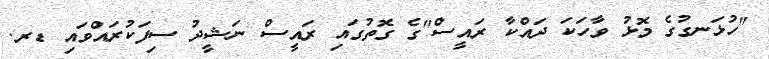
"ހުޅަނގުގެ މޮޅު ވާހަކަ ދައްކާ ރައީސް"ގެ ގޮތުގައި ރައީސް ނަޝީދު ސިފަކުރައްވައި ޑރ.